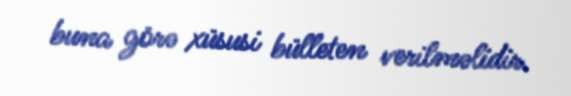
buna görə xüsusi bülleten verilməlidir.